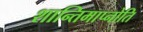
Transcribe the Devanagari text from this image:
शान्तिमाप्नोति